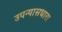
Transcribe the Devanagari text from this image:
उपन्यासधारा